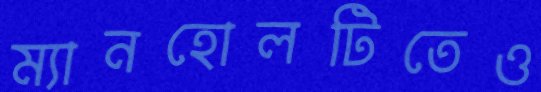
ম্যানহোলটিতেও